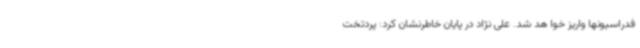
فدراسیونها واریز خوا هد شد. علی نژاد در پایان خاطرنشان کرد: پردتخت